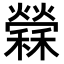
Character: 𥣻